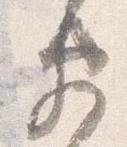
衛